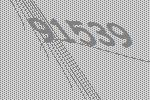
91539